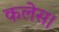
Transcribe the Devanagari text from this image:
कलेस।